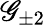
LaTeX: \mathscr{G}_{\pm2}